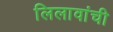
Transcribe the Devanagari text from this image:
लिलावांची